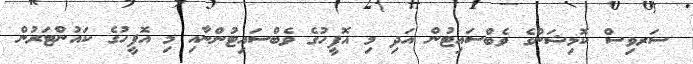
ސަރވިސް ކޮމިޝަންގެ ވެބްސައިޓުން އަދި މި އޮފީހުގެ ވެބްސައިޓުންނާއި މި އޮފީހުގެ ކައުންޓަރުން